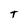
Character: T